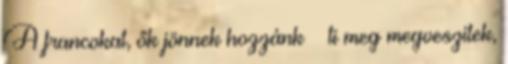
A francokat, ők jönnek hozzánk – ti meg megveszitek,